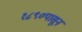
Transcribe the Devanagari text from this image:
१८९०पासून